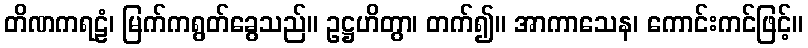
တိဏကရဠံ၊ မြက်ကရွတ်ခွေသည်။ ဥဋ္ဌဟိတွာ၊ တက်၍။ အာကာသေန၊ ကောင်းကင်ဖြင့်။